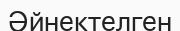
Әйнектелген